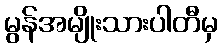
မွန်အမျိုးသားပါတီမှ